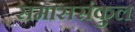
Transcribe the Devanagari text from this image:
समाससंकुल